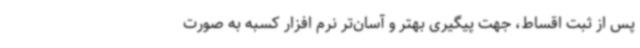
پس از ثبت اقساط، جهت پیگیری بهتر و آسان‌تر نرم افزار کسبه به صورت